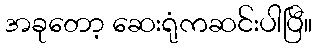
အခုတော့ ဆေးရုံကဆင်းပါပြီ။